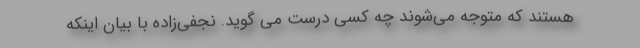
هستند که متوجه می‌شوند چه کسی درست می گوید. نجفی‌زاده با بیان اینکه